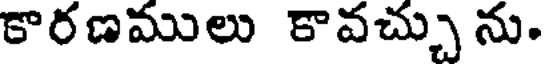
కారణములు కావచ్చు ను.